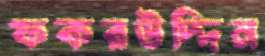
ফকরউদ্দিন